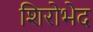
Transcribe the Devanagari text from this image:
शिरोभेद